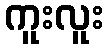
ကူးလူး